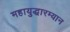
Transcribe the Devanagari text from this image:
महायुद्धारम्यान